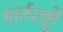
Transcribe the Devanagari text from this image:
धार्तराष्ट्रों